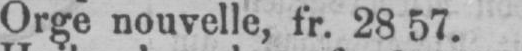
Orge nouvelle, fr. 2857.